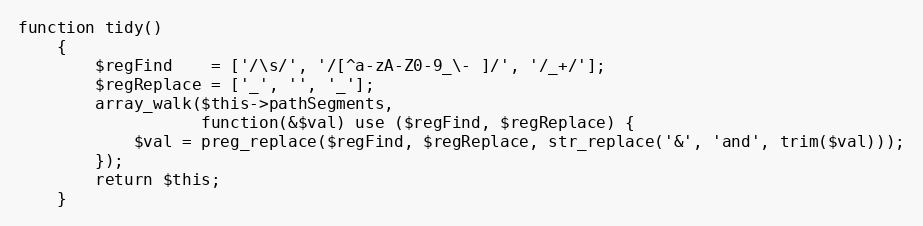
Language: PHP
function tidy()
    {
        $regFind    = ['/\s/', '/[^a-zA-Z0-9_\- ]/', '/_+/'];
        $regReplace = ['_', '', '_'];
        array_walk($this->pathSegments,
                   function(&$val) use ($regFind, $regReplace) {
            $val = preg_replace($regFind, $regReplace, str_replace('&', 'and', trim($val)));
        });
        return $this;
    }